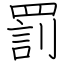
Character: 罰